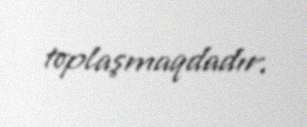
toplaşmaqdadır.